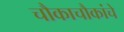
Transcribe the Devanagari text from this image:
चौकाचौकांचे